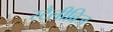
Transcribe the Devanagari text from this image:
स्टैलीब्रिज